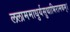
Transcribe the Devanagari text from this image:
ललाममाधुर्यसुधाभिरामकम्।